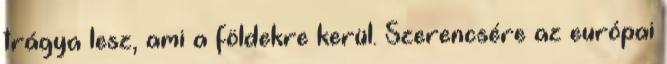
trágya lesz, ami a földekre kerül. Szerencsére az európai